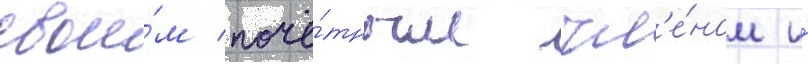
свои́м почё́тным чл'е́ном и́